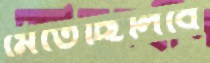
মেতেছিলিবে